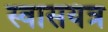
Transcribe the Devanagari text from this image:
स्वासयंत्र